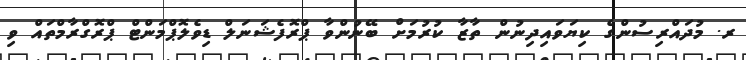
ރ. މުދައްރިސުންގެ ކިޔަވައިދިނުން ތާޒާ ކުރުމަށް ބޭނުންވާ ޕްރޮފެޝަނަލް ޑިވެލޮޕްމަންޓް ޕްރޮގްރާމްތައް ވި